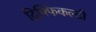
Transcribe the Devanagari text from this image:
दिफ्फिकल्टी